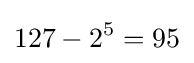
127-2^{5}=95